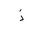
Letter: _thal